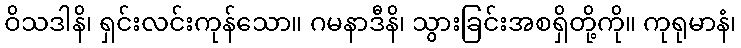
ဝိသဒါနိ၊ ရှင်းလင်းကုန်သော။ ဂမနာဒီနိ၊ သွားခြင်းအစရှိတို့ကို။ ကုရုမာနံ၊